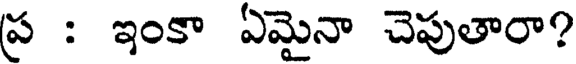
ప్ర : ఇంకా ఏమైనా చెపుతారా?